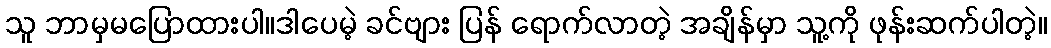
သူ ဘာမှမပြောထားပါ။ဒါပေမဲ့ ခင်ဗျား ပြန် ရောက်လာတဲ့ အချိန်မှာ သူ့ကို ဖုန်းဆက်ပါတဲ့။